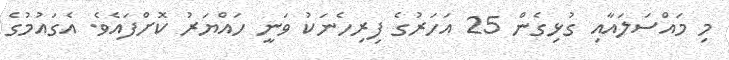
މި މައްސަލައާއި ގުޅިގެން 25 އަހަރުގެ ފިރިހެނަކު ވަނީ ހައްޔަރު ކޮށްފައެވެ. އެގައުމުގެ